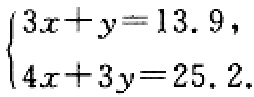
$\begin{cases}3x + y = 13.9,\\4x + 3y = 25.2.\end{cases}$